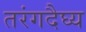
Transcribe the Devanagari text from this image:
तरंगदैघ्य